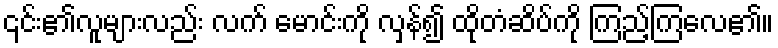
၎င်း၏လူများလည်း လက် မောင်းကို လှန်၍ ထိုတံဆိပ်ကို ကြည့်ကြလေ၏။